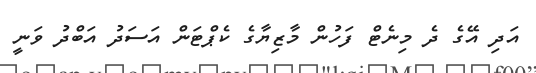
އަދި އޭގެ ދެ މިނެޓް ފަހުން މާޒިޔާގެ ކެޕްޓަން އަސަދު އަބްދު ވަނީ